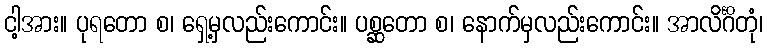
ငါ့အား။ ပုရတော စ၊ ရှေ့မှလည်းကောင်း။ ပစ္ဆတော စ၊ နောက်မှလည်းကောင်း။ အာလိင်္ဂိတုံ၊